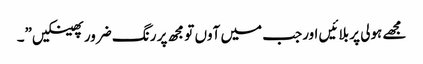
مجھے ہولی پر بلائیں اورجب میں آوں تو مجھ پر رنگ ضرور پھینکیں”۔